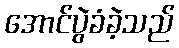
အောင်ပွဲခံခဲ့သည်